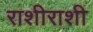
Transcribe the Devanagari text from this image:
राशीराशी